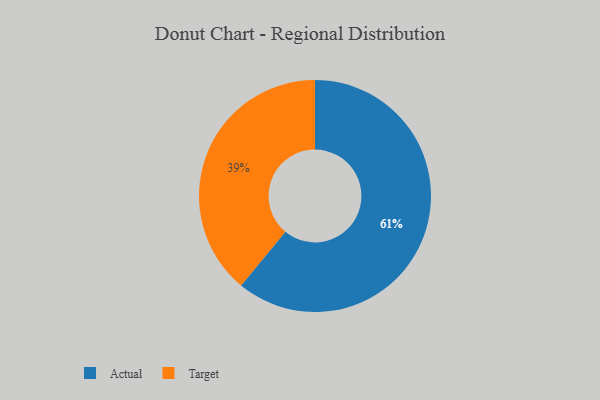
{"axis": {"x": "Category", "y": "Percentage"}, "legend": ["Actual", "Target"], "data": [{"x": "Actual", "y": 61, "type": "Actual"}, {"x": "Target", "y": 39, "type": "Target"}]}